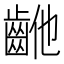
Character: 𱌝